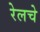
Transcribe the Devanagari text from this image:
रेलचे